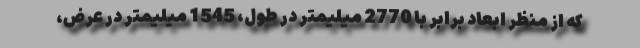
که از منظر ابعاد برابر با 2770 میلیمتر در طول، 1545 میلیمتر در عرض،